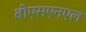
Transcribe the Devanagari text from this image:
बीएसएनएल